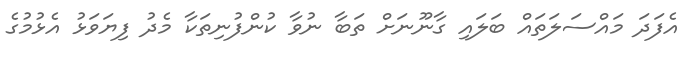
އެފަދަ މައްސަލަތައް ބަލައި ގާނޫނަށް ތަބާ ނުވާ ކުންފުނިތަކާ މެދު ފިޔަވަޅު އެޅުމުގެ